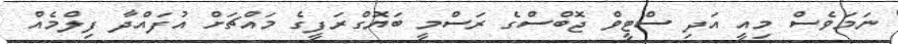
ނަމަވެސް މިއީ އަދި ސްޓީވް ޖޮބްސްގެ ރަސްމީ ބަޔޮގްރަފީގެ މައްޗަށް އުފައްދާ ފިލްމެއް